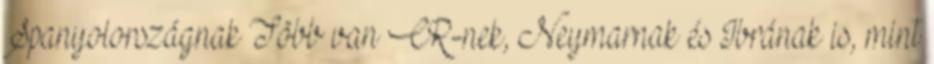
Spanyolországnak Több van CR-nek, Neymarnak és Ibrának is, mint